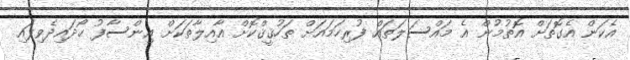
އެކަން އެގޮތަށް އޮތުމުން އެ މައްސަލަތައް ފުރިހަމައަށް ތަހުޤީޤްކޮށް އާއިލާތަކަށް އިންސާފު ހޯދައިދެވިފައި